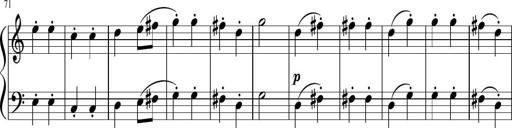
Title: 6 Instructive Sonatinas
Composer: Jacob Schmitt